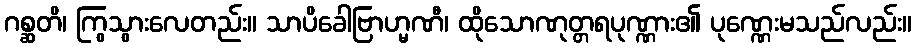
ဂစ္ဆတိ၊ ကြွသွားလေတည်း။ သာပိခေါဗြာဟ္မဏီ၊ ထိုသောဏုတ္တရပုဏ္ဏား၏ ပုဏ္ဏေးမသည်လည်း။